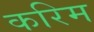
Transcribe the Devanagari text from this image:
करिम